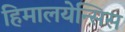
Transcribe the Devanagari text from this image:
हिमालयेन्सिस